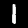
Digit: 1